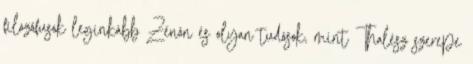
filozófusok leginkább Zénón és olyan tudósok, mint Thalész szerepe